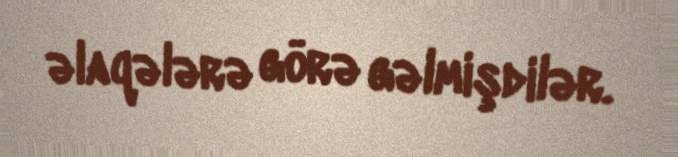
əlaqələrə görə gəlmişdilər.